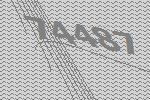
74487